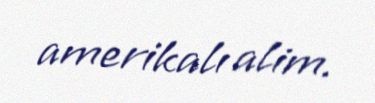
amerikalı alim.